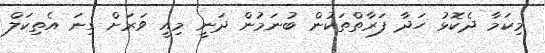
މިކަމާ ދެކޮޅު ހަދާ ފަރާތްތަކުން ބުނަމުން ދަނީ މިއީ ވަރަށް ގިނަ އެތިކަލް